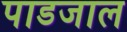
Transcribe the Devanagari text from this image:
पाडजाल